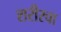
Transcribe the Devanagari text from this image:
शरीरचा